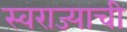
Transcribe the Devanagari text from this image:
स्‍वराज्याची